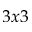
3 x 3